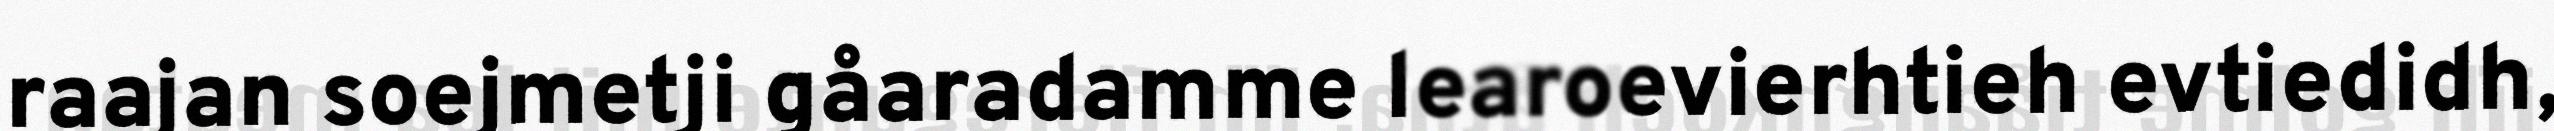
raajan soejmetji gåaradamme learoevierhtieh evtiedidh,